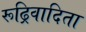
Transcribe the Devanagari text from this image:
रूढ्रिवादिता